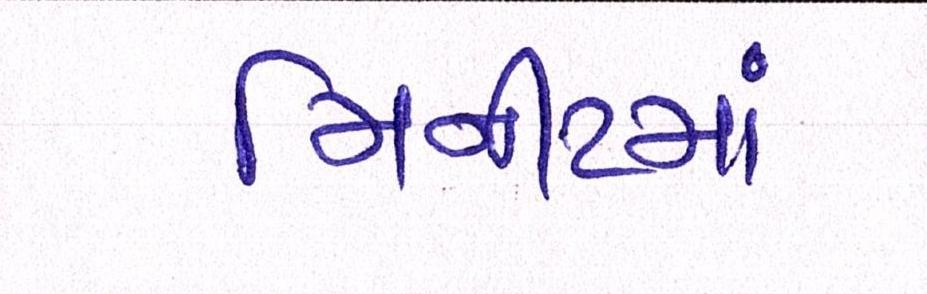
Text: મિનીટમાં